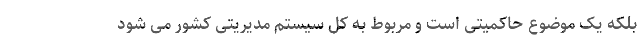
بلکه یک موضوع حاکمیتی است و مربوط به کل سیستم مدیریتی کشور می شود